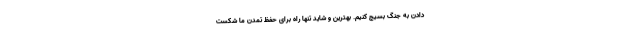
دادن به جنگ بسیج کنیم. بهترین و شاید تنها راه برای حفظ تمدن ما شکست